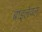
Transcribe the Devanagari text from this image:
बाइलेवल